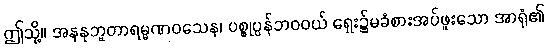
ဤသို့။ အနနုဘူတာရမ္မဏဝသေန၊ ပစ္စုပ္ပန်ဘဝဝယ် ရှေး၌မခံစားအပ်ဖူးသော အာရုံ၏